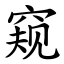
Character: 窥